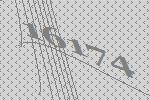
16174